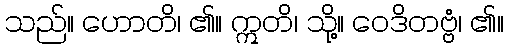
သည်။ ဟောတိ၊ ၏။ ဣတိ၊ သို့။ ဝေဒိတဗ္ဗံ၊ ၏။